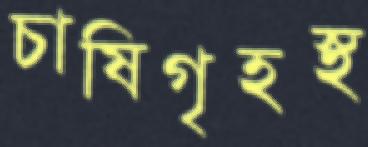
চাষিগৃহস্থ